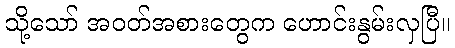
သို့သော် အဝတ်အစားတွေက ဟောင်းနွမ်းလှပြီ။